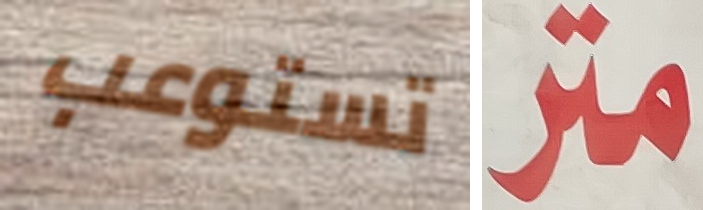
تستوعب متر